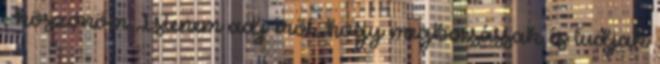
, köszönöm Istenem adj erőt, hogy megbocsássak és tudjak